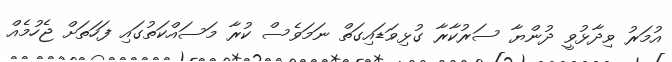
އުމަރު ވިދާޅުވީ ދުންޔާ ސަރުކާރާ ގުޅިވަޑައިގަތް ނަމަވެސް ކުރާ މަސައްކަތުގައި ފަހަތަށް ޖެހުމެއް